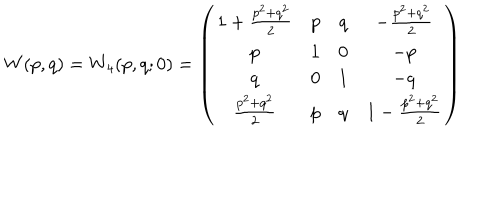
W ( p , q ) = W _ { 4 } ( p , q ; 0 ) = \left( \begin{array} { c c c c } { { 1 + \frac { p ^ { 2 } + q ^ { 2 } } { 2 } } } & { { p } } & { { q } } & { { - \frac { p ^ { 2 } + q ^ { 2 } } { 2 } } } \\ { { p } } & { { 1 } } & { { 0 } } & { { - p } } \\ { { q } } & { { 0 } } & { { 1 } } & { { - q } } \\ { { \frac { p ^ { 2 } + q ^ { 2 } } { 2 } } } & { { p } } & { { q } } & { { 1 - \frac { p ^ { 2 } + q ^ { 2 } } { 2 } } } \\ \end{array} \right)